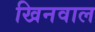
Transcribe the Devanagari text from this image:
खिनवाल